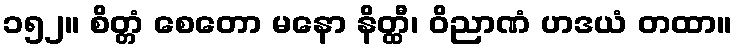
၁၅၂။ စိတ္တံ စေတော မနော နိတ္ထီ၊ ဝိညာဏံ ဟဒယံ တထာ။